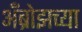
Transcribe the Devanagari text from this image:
अँब्रोझच्या